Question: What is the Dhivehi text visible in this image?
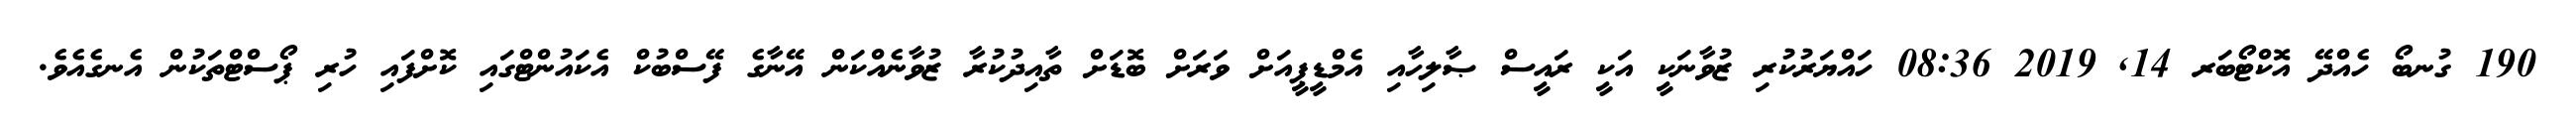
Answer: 190 ގުނބޯ ހެއްދޭ އޮކްޓޯބަރ 14, 2019 08:36 ހައްޔަރުކުރި ޒުވާނަކީ އަކީ ރައީސް ޞާލިހާއި އެމްޑީޕީއަށް ވަރަށް ބޮޑަށް ތާއިދުކުރާ ޒުވާނެއްކަން އޭނާގެ ފޭސްބުކް އެކައުންޓްގައި ކޮށްފައި ހުރި ޕޯސްޓްތަކުން އެނގެއެވެ.